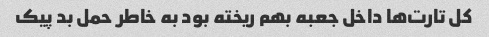
کل تارت‌ها داخل جعبه بهم ریخته بود به خاطر حمل بد پیک